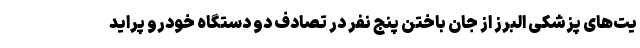
یت‌های پزشکی البرز از جان باختن پنج نفر در تصادف دو دستگاه خودرو پراید